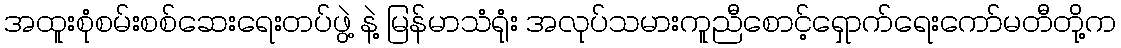
အထူးစုံစမ်းစစ်ဆေးရေးတပ်ဖွဲ့ နဲ့ မြန်မာသံရုံး အလုပ်သမားကူညီစောင့်ရှောက်ရေးကော်မတီတို့က